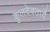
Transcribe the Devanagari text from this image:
कुलदेवतायै